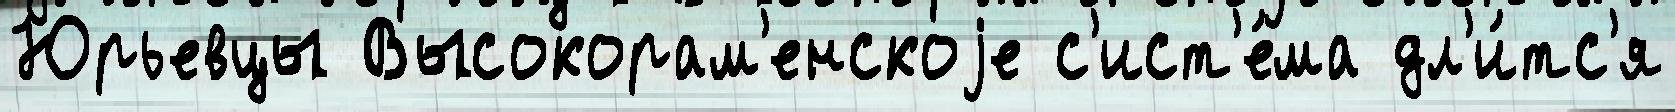
Юрьевцы Высокорам'енскоjе с'ист'е́ма дл'и́тс'я